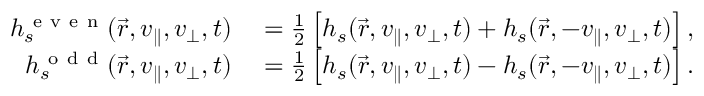
\begin{array} { r l } { h _ { s } ^ { \mathrm { ~ e ~ v ~ e ~ n ~ } } ( \vec { r } , v _ { \parallel } , v _ { \perp } , t ) } & { { } = \frac { 1 } { 2 } \left[ h _ { s } ( \vec { r } , v _ { \parallel } , v _ { \perp } , t ) + h _ { s } ( \vec { r } , - v _ { \parallel } , v _ { \perp } , t ) \right] , } \\ { h _ { s } ^ { \mathrm { ~ o ~ d ~ d ~ } } ( \vec { r } , v _ { \parallel } , v _ { \perp } , t ) } & { { } = \frac { 1 } { 2 } \left[ h _ { s } ( \vec { r } , v _ { \parallel } , v _ { \perp } , t ) - h _ { s } ( \vec { r } , - v _ { \parallel } , v _ { \perp } , t ) \right] . } \end{array}